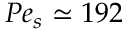
P e _ { s } \simeq 1 9 2